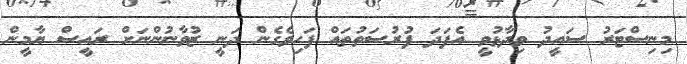
މިނިސްޓަރު ސައީދު ވިދާޅުވީ އެފަދަ ފުރުސަތުތައް ފަހިވެގެން ދަނީ ޒުވާނުންނަށް ރައީސް ޔާމީން